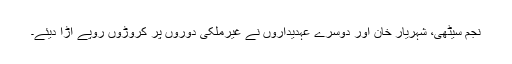
نجم سیٹھی، شہریار خان اور دوسرے عہدیداروں نے غیرملکی دوروں پر کروڑوں روپے اڑا دیئے۔